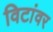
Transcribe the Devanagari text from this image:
विटांवर